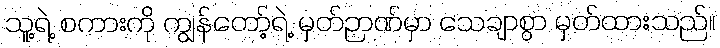
သူ့ရဲ့ စကားကို ကျွန်တော့်ရဲ့ မှတ်ဉာဏ်မှာ သေချာစွာ မှတ်ထားသည်။